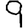
Digit: 9